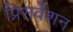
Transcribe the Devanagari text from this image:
प्रिसर्वेशन